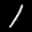
Label: 1